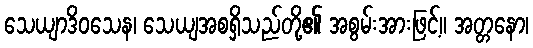
သေယျာဒိဝသေန၊ သေယျအစရှိသည်တို့၏ အစွမ်းအားဖြင့်။ အတ္တနော၊